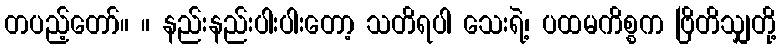
တပည့်တော်။ ။ နည်းနည်းပါးပါးတော့ သတိရပါ သေးရဲ့၊ ပထမကိစ္စက ဗြိတိသျှတို့